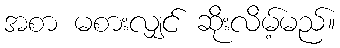
အစာ မစားလျှင် ဆိုးလိမ့်မည်။